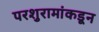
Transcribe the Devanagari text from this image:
परशुरामांकडून